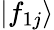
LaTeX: |f_{1j}\rangle